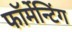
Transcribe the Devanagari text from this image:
फॉर्मेन्टिंग